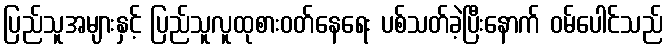
ပြည်သူအများနှင့် ပြည်သူလူထုစားဝတ်နေရေး ပစ်သတ်ခဲ့ပြီးနောက် ဝမ်ပေါင်သည်